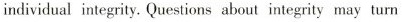
individual integrity. Questions about integrity may turn